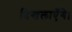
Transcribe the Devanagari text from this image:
दिखलाएँगे।